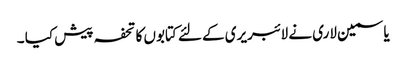
یاسمین لاری نے لائبریری کے لئے کتابوں کا تحفہ پیش کیا ۔